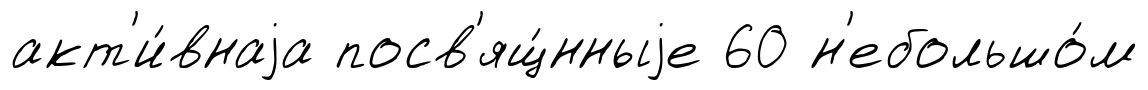
акт'и́внаjа посв'ящ́нныjе 60 н'ебольшо́м